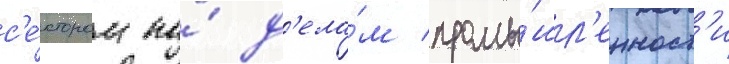
с'е́ктором по́ д'ела́м промы́шл'енност'и